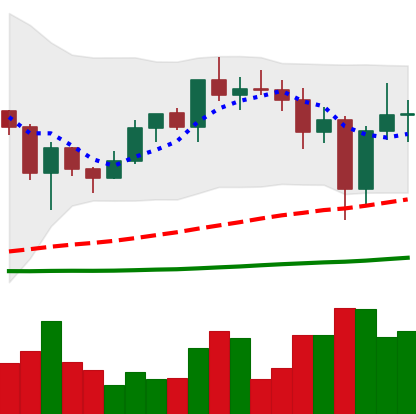
Ticker: ADA-USD
Chart end date: 2020-12-26
Forward return: 14.936%
Label: up_7plus